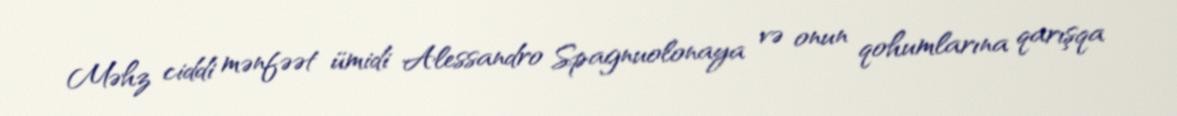
Məhz ciddi mənfəət ümidi Alessandro Spagnuolonaya və onun qohumlarına qarışqa